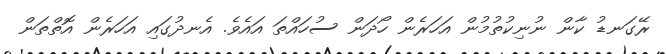
ރޭގަނޑު ކާން ނުނިކުތުމުން އަހަރެން ހޯދަން ސުހައްތަ އައެވެ. އެނދުގައި އަހަރެން އޮތްތަން